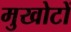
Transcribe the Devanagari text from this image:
मुखोटों